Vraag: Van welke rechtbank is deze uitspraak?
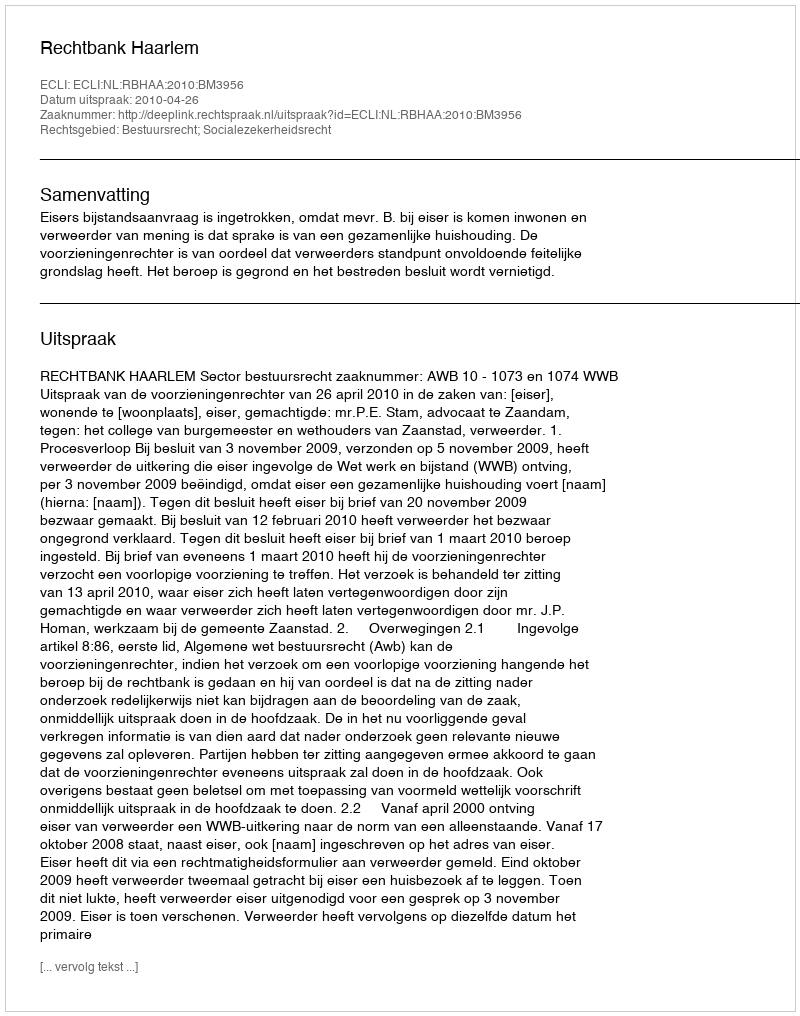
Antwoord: Rechtbank Haarlem